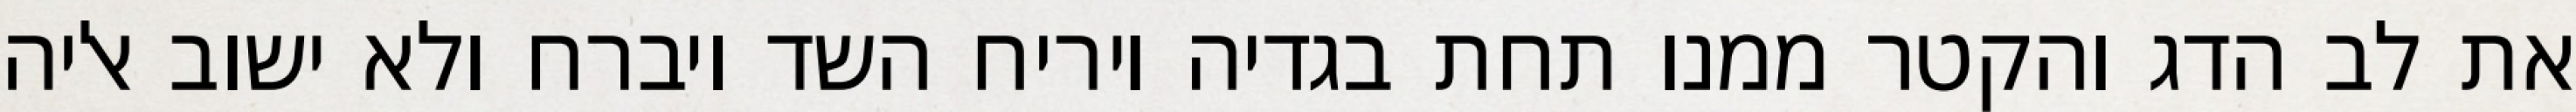
את לב הדג והקטר ממנו תחת בגדיה ויריח השד ויברח ולא ישוב אליה